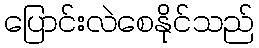
ပြောင်းလဲစေနိုင်သည်